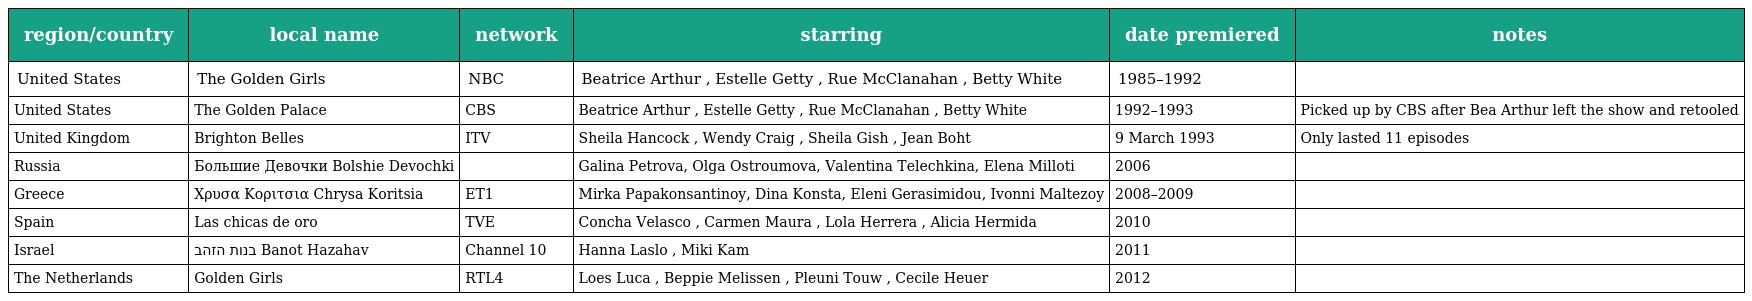
| region/country | local name | network | starring | date premiered | notes |
 | --- | --- | --- | --- | --- | --- |
 | United States | The Golden Girls | NBC | Beatrice Arthur , Estelle Getty , Rue McClanahan , Betty White | 1985–1992 |  |
 | United States | The Golden Palace | CBS | Beatrice Arthur , Estelle Getty , Rue McClanahan , Betty White | 1992–1993 | Picked up by CBS after Bea Arthur left the show and retooled |
 | United Kingdom | Brighton Belles | ITV | Sheila Hancock , Wendy Craig , Sheila Gish , Jean Boht | 9 March 1993 | Only lasted 11 episodes |
 | Russia | Большие Девочки Bolshie Devochki |  | Galina Petrova, Olga Ostroumova, Valentina Telechkina, Elena Milloti | 2006 |  |
 | Greece | Χρυσα Κοριτσια Chrysa Koritsia | ET1 | Mirka Papakonsantinoy, Dina Konsta, Eleni Gerasimidou, Ivonni Maltezoy | 2008–2009 |  |
 | Spain | Las chicas de oro | TVE | Concha Velasco , Carmen Maura , Lola Herrera , Alicia Hermida | 2010 |  |
 | Israel | בנות הזהב Banot Hazahav | Channel 10 | Hanna Laslo , Miki Kam | 2011 |  |
 | The Netherlands | Golden Girls | RTL4 | Loes Luca , Beppie Melissen , Pleuni Touw , Cecile Heuer | 2012 |  |